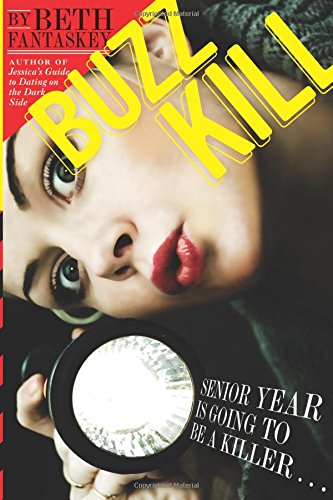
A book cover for Buzz Kill; Beth Fantaskey; Teen & Young Adult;